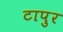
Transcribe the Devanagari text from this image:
टापुर